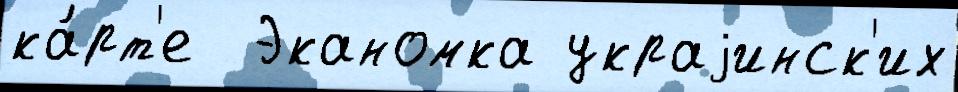
ка́рт'е  Эканомка украjинск'их